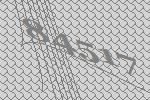
84517